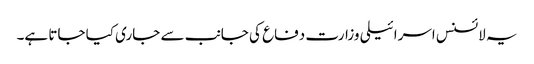
یہ لائسنس اسرائیلی وزارت دفاع کی جانب سے جاری کیا جاتا ہے۔